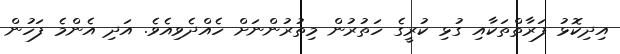
އިދިކޮޅު ފަރާތްތަކާއި ގުޅި ކުރީގެ ހަތުރުން މިތުރުންނަށް ހެއްދެވިއެވެ. އަދި އެންމެ ފަހުން